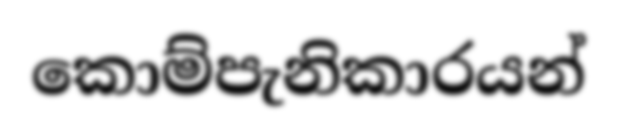
කොම්පැනිකාරයන්